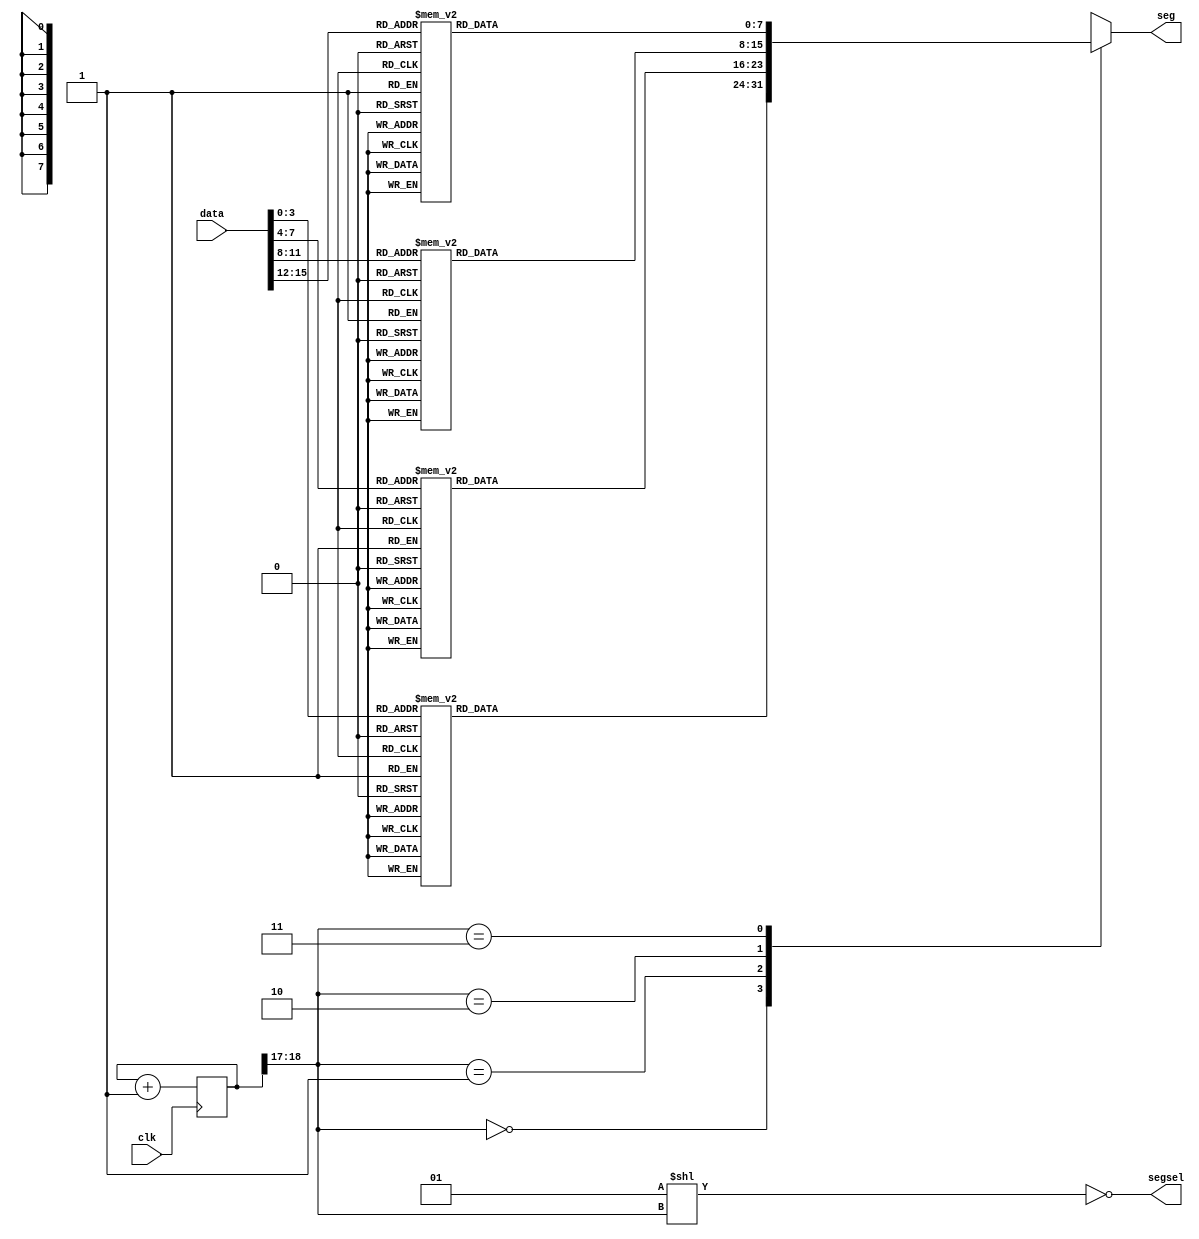
module LED7Seg(clk, seg, segsel, data);
		// seg bits and led segment:
		//  77
		// 2  6
		//  11
		// 3  5
		//  44  0
		output [7:0] seg;
		output [3:0] segsel;
		input clk;
		input [15:0] data;
		
		reg [18:0] counter;

		wire [3:0] v0, v1, v2, v3;
		assign v0 = data[3:0];
		assign v1 = data[7:4];
		assign v2 = data[11:8];
		assign v3 = data[15:12];
		
		wire [1:0] dsel = counter[18:17];
		assign segsel = ~(1 << dsel);
		assign seg = decodev(dsel, v0, v1, v2, v3);
		
		always @ (posedge clk) begin
			counter = counter + 1;
		end
		
		function [7:0] decodev (
			input [1:0] vsel,
			input [4:0] v0,
			input [4:0] v1,
			input [4:0] v2,
			input [4:0] v3);
			case (vsel)
				2'b00: decodev = decode(v0);
				2'b01: decodev = decode(v1);
				2'b10: decodev = decode(v2);
				2'b11: decodev = decode(v3);
			endcase
		endfunction
		
		function [7:0] decode (input [3:0] n);
			case (n)
				4'h0: decode = 8'b00000011;
				4'h1: decode = 8'b10011111;
				4'h2: decode = 8'b00100101;
				4'h3: decode = 8'b00001101;
				4'h4: decode = 8'b10011001;
				4'h5: decode = 8'b01001001;
				4'h6: decode = 8'b01000001;
				4'h7: decode = 8'b00011111;
				4'h8: decode = 8'b00000001;
				4'h9: decode = 8'b00001001;
				4'hA: decode = 8'b00010001;
				4'hb: decode = 8'b11000001;
				4'hC: decode = 8'b01100011;
				4'hd: decode = 8'b10000101;
				4'hE: decode = 8'b01100001;
				4'hF: decode = 8'b01110001;
			endcase
		endfunction
		
endmodule